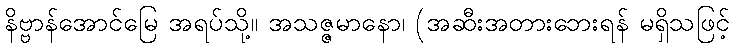
နိဗ္ဗာန်အောင်မြေ အရပ်သို့။ အသဇ္ဇမာနော၊ (အဆီးအတားဘေးရန် မရှိသဖြင့်